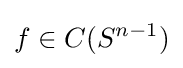
f\in C(S^{n-1})